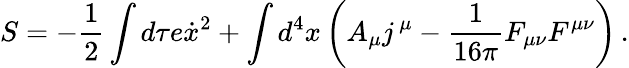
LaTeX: S=-\frac 12\int d\tau e\dot{x}^{2}+\int d^{4}x\left(A_{\mu}j\, {}^{\mu}-\frac{1}{16\pi}F_{\mu\nu}F^{\mu\nu}\right)\, .